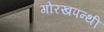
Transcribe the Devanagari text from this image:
गोरखपन्थी